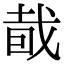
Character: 𥅤